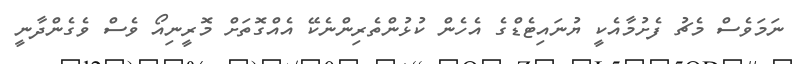
ނަމަވެސް މެޗު ފެށުމާއެކީ ޔުނައިޓެޑްގެ އެހެން ކުޅުންތެރިންނެކޭ އެއްގޮތަށް މޮރީނިއޯ ވެސް ވެގެންދާނީ